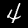
Digit: 4